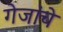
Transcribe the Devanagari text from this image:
गेजांचे